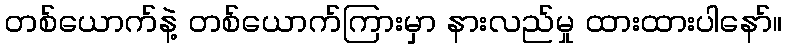
တစ်ယောက်နဲ့ တစ်ယောက်ကြားမှာ နားလည်မှု ထားထားပါနော်။